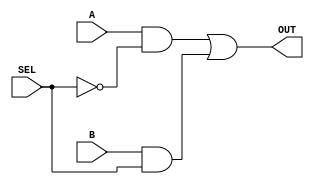
//-----------------------------------------------------------------------------

// UEFS TEC 499

// Lab 0, 2016.1

// Module: Mux2_1.v

// Desc: OUT = A*(~SEL) + B*(SEL)

//-----------------------------------------------------------------------------

 module Mux2_1(
    input A,
    input B,
    input SEL,
    output OUT
);
// You may only use structural verilog! (i.e. wires and gates only)
 
 /********YOUR CODE HERE********/

	wire a_and_Sel1, b_and_Sel0;
	and (a_and_Sel1, A, ~SEL);
	and (b_and_Sel0, B, SEL);
	or ( OUT, a_and_Sel1, b_and_Sel0);



/********END CODE********/
  
// assign OUT = 1'b0; //delete this line once you finish writing your logic
   

endmodule